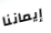
إيماننا